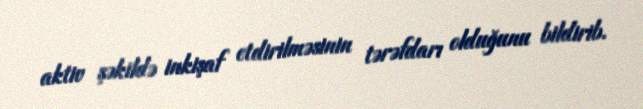
aktiv şəkildə inkişaf etdirilməsinin tərəfdarı olduğunu bildirib.